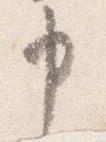
申